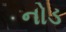
નોડ